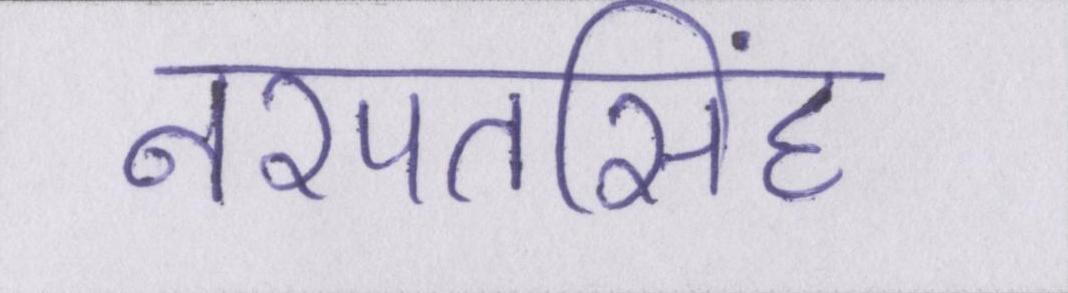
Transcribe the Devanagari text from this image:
नरपतसिंह